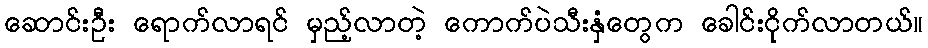
ဆောင်းဦး ရောက်လာရင် မှည့်လာတဲ့ ကောက်ပဲသီးနှံတွေက ခေါင်းငိုက်လာတယ်။